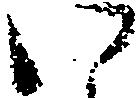
い